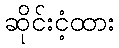
ဆိုင်းငံ့ထား